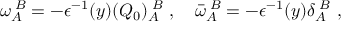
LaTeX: \omega _ { A } ^ { \; B } = - \epsilon ^ { - 1 } ( y ) ( Q _ { 0 } ) _ { A } ^ { \; B } \ , \quad \bar { \omega } _ { A } ^ { \; B } = - \epsilon ^ { - 1 } ( y ) \delta _ { A } ^ { \; B } \ ,